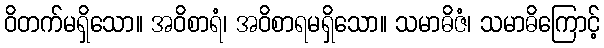
ဝိတက်မရှိသော။ အဝိစာရံ၊ အဝိစာရမရှိသော။ သမာဓိဇံ၊ သမာဓိကြောင့်